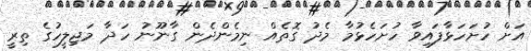
އަށް ހުށަހަޅާފައިވާ ހުށަހެޅުމާ މެދު ގޮތެއް ނިމެންދެން ގާނޫނު ހަދާ މަޖިލީހުގެ ތިރީ